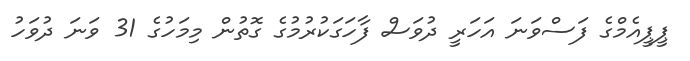
ޕީޕީއެމްގެ ފަސްވަަނަ އަހަރީ ދުވަސް ފާހަގަކުރުމުގެ ގޮތުން މިމަހުގެ 31 ވަނަ ދުވަހު